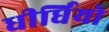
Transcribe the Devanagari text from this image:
धीर्धियो